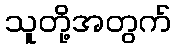
သူတို့အတွက်